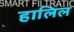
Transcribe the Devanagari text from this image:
हालिल